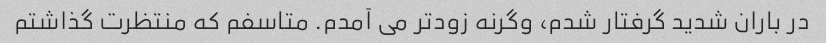
در باران شدید گرفتار شدم، وگرنه زودتر می آمدم. متاسفم که منتظرت گذاشتم